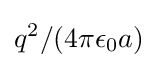
q^{2}/(4\pi \epsilon _{0}a)